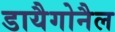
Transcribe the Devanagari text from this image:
डायैगोनैल